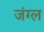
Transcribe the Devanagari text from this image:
जंग्ल